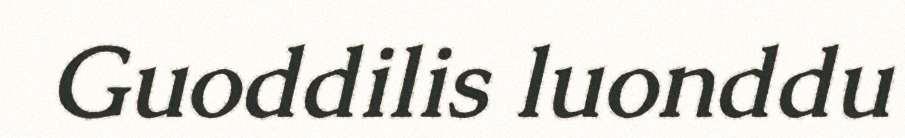
Guoddilis luonddu